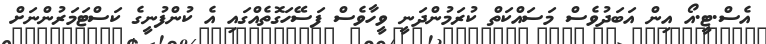
އެސް.ޓީ.އޯ އިން އަބަދުވެސް މަސައްކަތް ކުރަމުންދަނީ ވީހާވެސް ފަސޭހަގޮތެއްގައި އެ ކުންފުނީގެ ކަސްޓަމަރުންނަށް